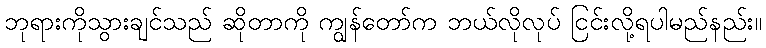
ဘုရားကိုသွားချင်သည် ဆိုတာကို ကျွန်တော်က ဘယ်လိုလုပ် ငြင်းလို့ရပါမည်နည်း။